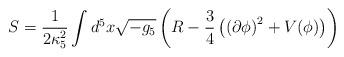
LaTeX: \begin{align*}S=\frac{1}{2\kappa_5^2}\int d^5x \sqrt{-g_5}\left(R-\frac{3}{4}\left(\left(\partial \phi\right)^2 +V(\phi)\right)\right)\end{align*}